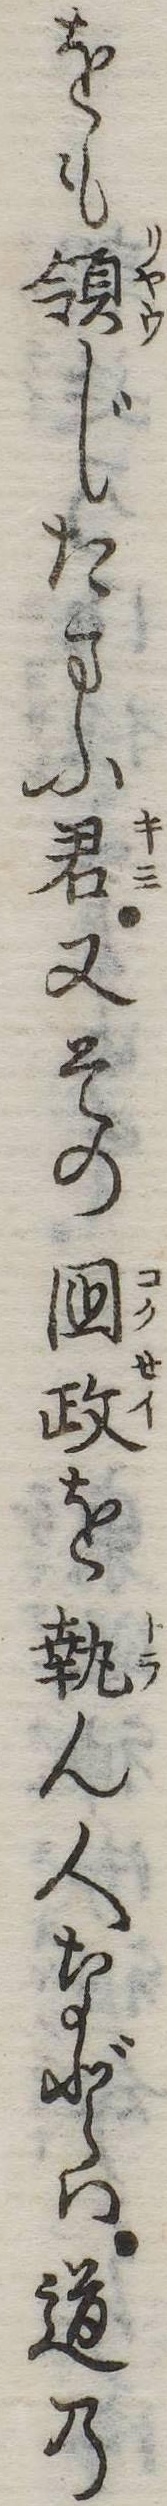
をも領じたまふ君又その国政を執ん人などは道の